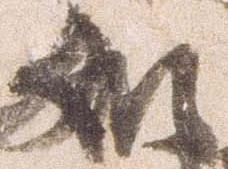
如